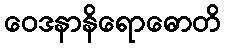
ဝေဒနာနိရောဓောတိ